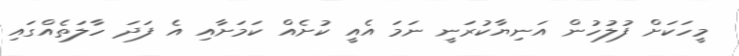
މީހަކަށް ފުލުހުން އަނިޔާކުރަނީ ނަމަ އެއީ ކުށެއް ކަމަށާއި އެ ފަދަ ހާލަތެއްގައި